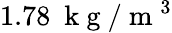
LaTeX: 1.78~\mathrm{~k~g~}/\mathrm{~m~}^{3}